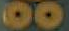
00